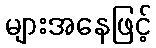
များအနေဖြင့်